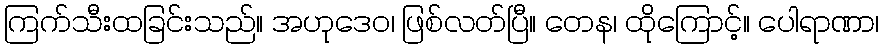
ကြက်သီးထခြင်းသည်။ အဟုဒေဝ၊ ဖြစ်လတ်ပြီ။ တေန၊ ထိုကြောင့်။ ပေါရာဏာ၊